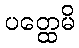
ပတ္ထေမိ